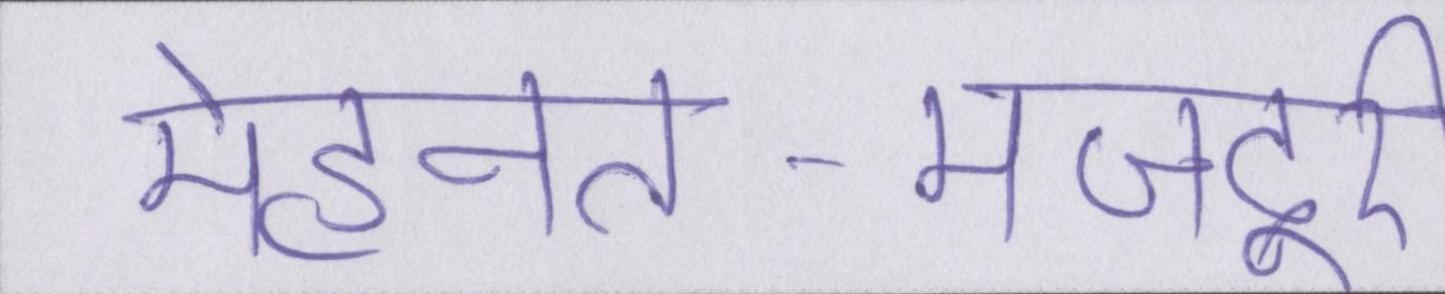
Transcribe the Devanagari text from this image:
मेहनत-मजदूरी